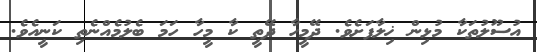
އުސޫލުތަކާ މުޅިން ޚިލާފަށެވެ. ދޭމީހާ ދޭތީ ކާ މީހާ ހަމަ ބެލުމެއްނެތި ކަނީއެވެ.